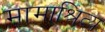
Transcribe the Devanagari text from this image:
मामाश्रित्य